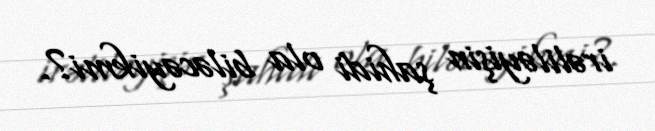
irəliləyişin şahidi ola biləcəyikmi?.